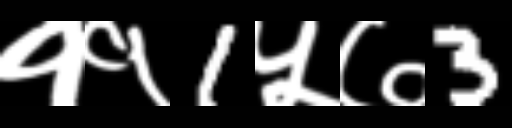
Text: ११1५७3